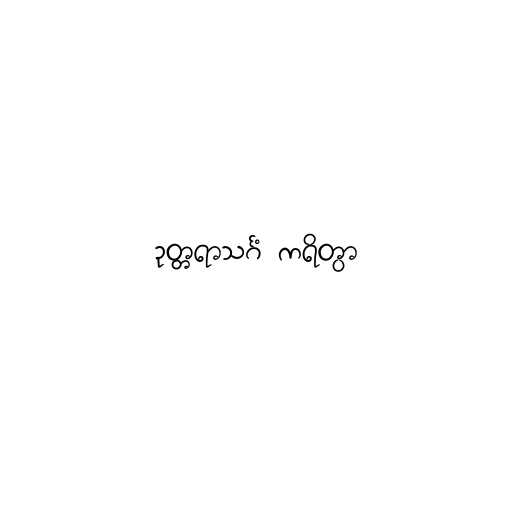
ဥတ္တရာသင်္ဂံ ကရိတွာ